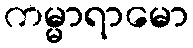
ကမ္မာရာမော